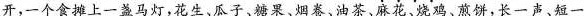
开,一个食摊上一盏马灯,花生、瓜子、糖果、烟卷、油茶、麻花、烧鸡、煎饼,长一声、短一